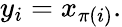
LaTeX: y_{i}=x_{\pi(i)}.